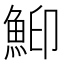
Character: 鮣